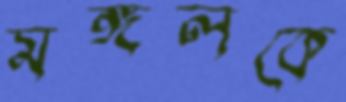
মঙ্গলকে